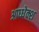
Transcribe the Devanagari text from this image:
आध्धेक्श